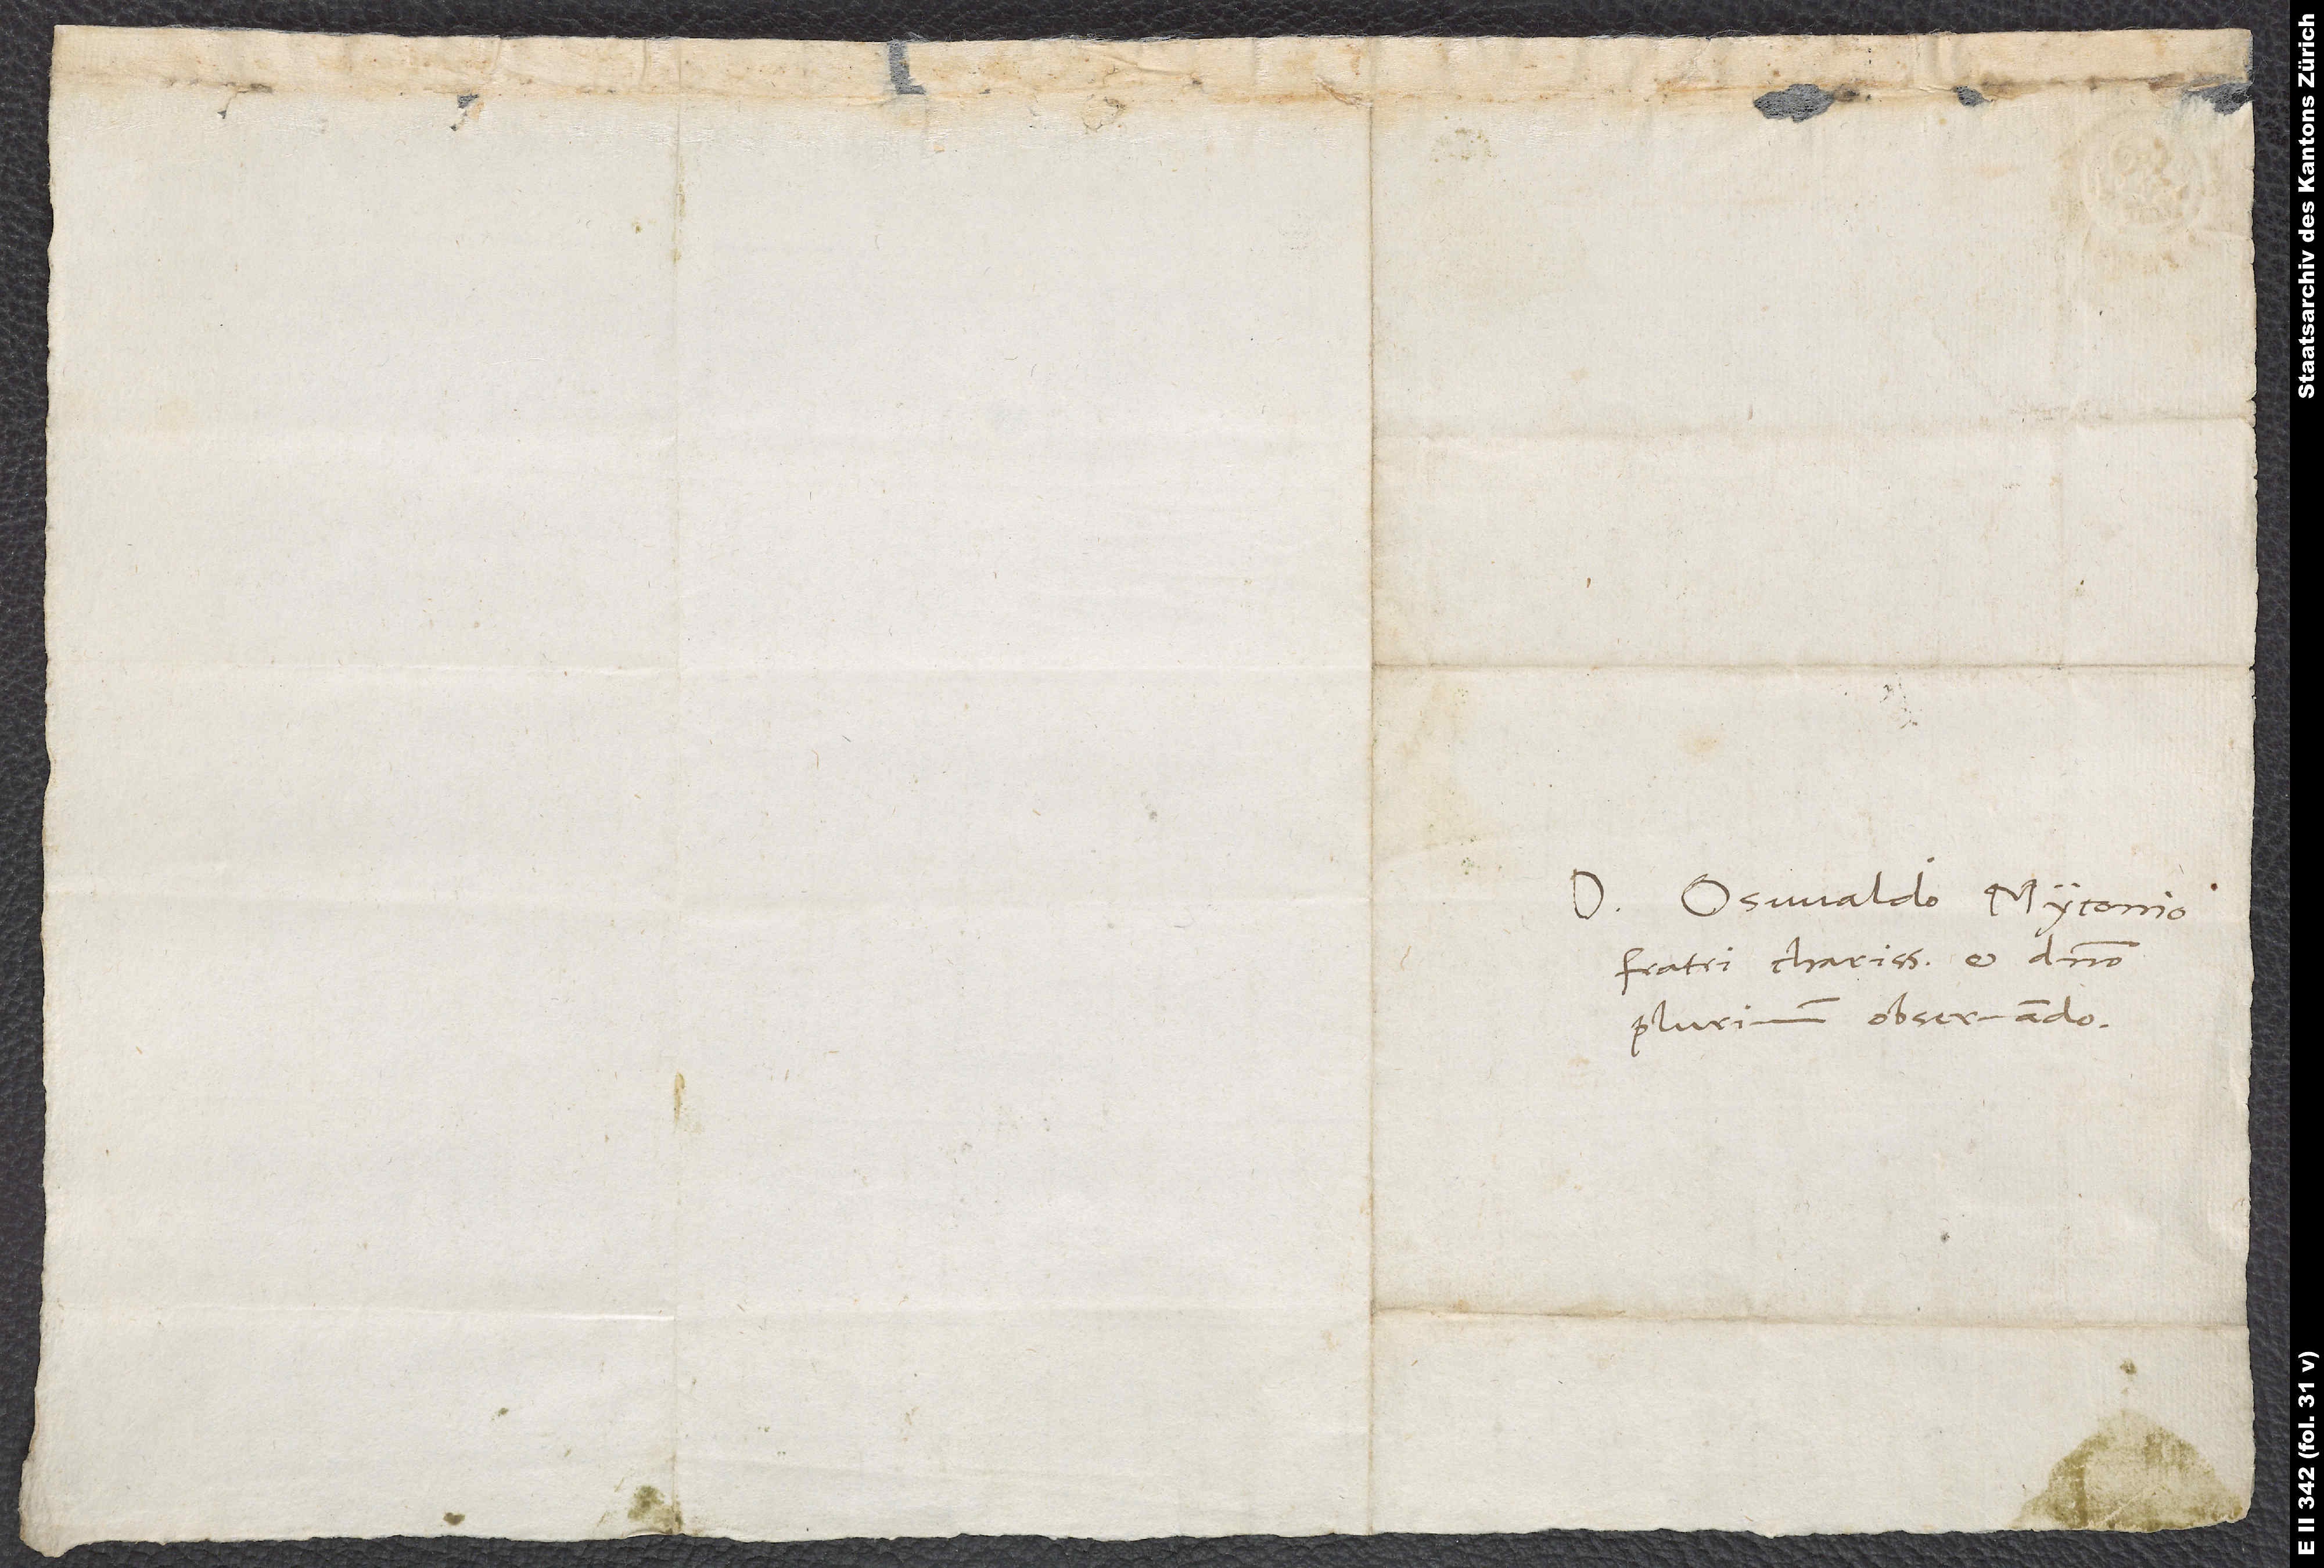
Domino Oswaldo Myconio,
fratri charissimo et domino
plurimum observando.